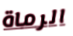
الرماة